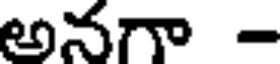
అనగా -